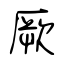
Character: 厥